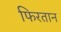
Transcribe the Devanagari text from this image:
फिरतान